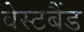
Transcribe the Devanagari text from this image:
वेस्टबैंड